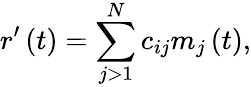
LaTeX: r^{\prime}\left(t\right)=\sum_{j>1}^{N}c_{ij}m_{j}\left(t\right),